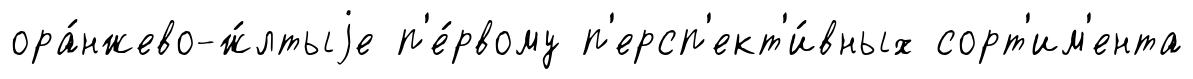
ора́нжево-ж́лтыjе п'е́рвому п'ерсп'ект'и́вных сорт'им'ента